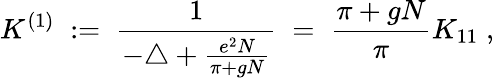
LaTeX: K^{(1)}\; :=\; \frac{1}{-\triangle+\frac{e^{2}N}{\pi+gN}}\; =\; \frac{\pi+gN}{\pi}K_{11}\; ,